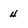
Character: 4